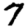
Digit: 7